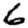
Digit: 6